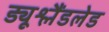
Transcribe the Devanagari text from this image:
ड्यूश्लैंडलेड